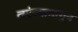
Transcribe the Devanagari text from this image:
त्यांच्यामागुन